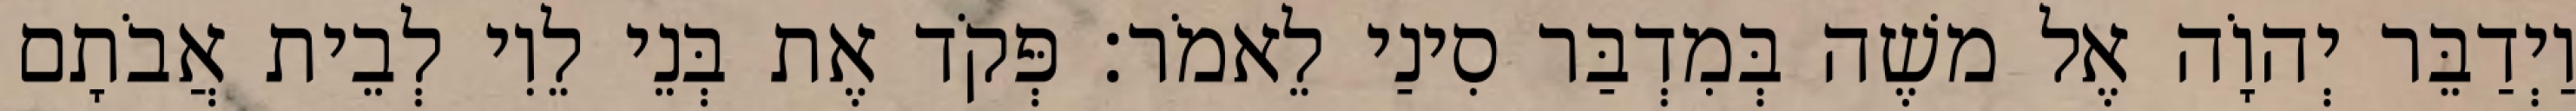
וַיְדַבֵּר יְהוָֹה אֶל משֶׁה בְּמִדְבַּר סִינַי לֵאמֹר׃ פְּקֹד אֶת בְּנֵי לֵוִי לְבֵית אֲבֹתָם